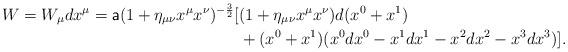
LaTeX: \begin{align*} W=W_\mu dx^\mu=\textsf{a}(1+\eta_{\mu\nu}x^\mu x^\nu)^{-\frac{3}{2}}[&(1+\eta_{\mu\nu}x^\mu x^\nu)d(x^0+x^1)\\&+(x^0+x^1)(x^0dx^0-x^1dx^1-x^2dx^2-x^3dx^3)].\end{align*}